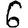
Digit: 6